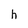
Character: h